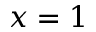
x = 1